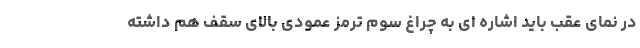
در نمای عقب باید اشاره ای به چراغ سوم ترمز عمودی بالای سقف هم داشته